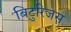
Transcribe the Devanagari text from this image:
बिटुरिजस